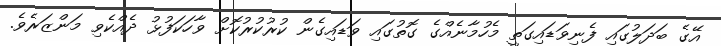
އޭގެ ބަދަލުގައި ފެނިވަޑައިގަތީ މެހުމާނެއްގެ ގޮތުގައި ވަޑައިގެން ކުރުކުރުކޮށް ވާހަކަފުޅު ދެއްކެވި މަންޒަރެވެ.